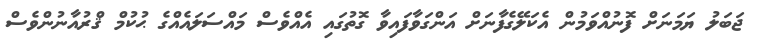
ޖަބަލު ޔަމަނަށް ފޮނުއްވަމުން އެކަލޭގެފާނަށް އަންގަވާފައިވާ ގޮތުގައި އެއްވެސް މައްސަލައެއްގެ ޙުކުމް ޤްރުއާނުންވެސް